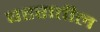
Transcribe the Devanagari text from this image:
षहरातील